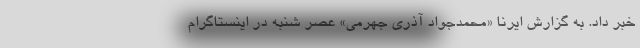
خبر داد. به گزارش ایرنا «محمدجواد آذری جهرمی» عصر شنبه در اینستاگرام